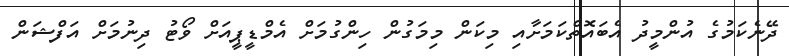
ދޭނެކަމުގެ އުންމީދު އެބައޮތްކަމަށާއި މިކަން މިމަގުން ހިންގުމަށް އެމްޑީޕީއަށް ވޯޓު ދިނުމަށް އަފްޝަން